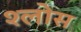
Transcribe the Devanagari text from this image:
श्लोस